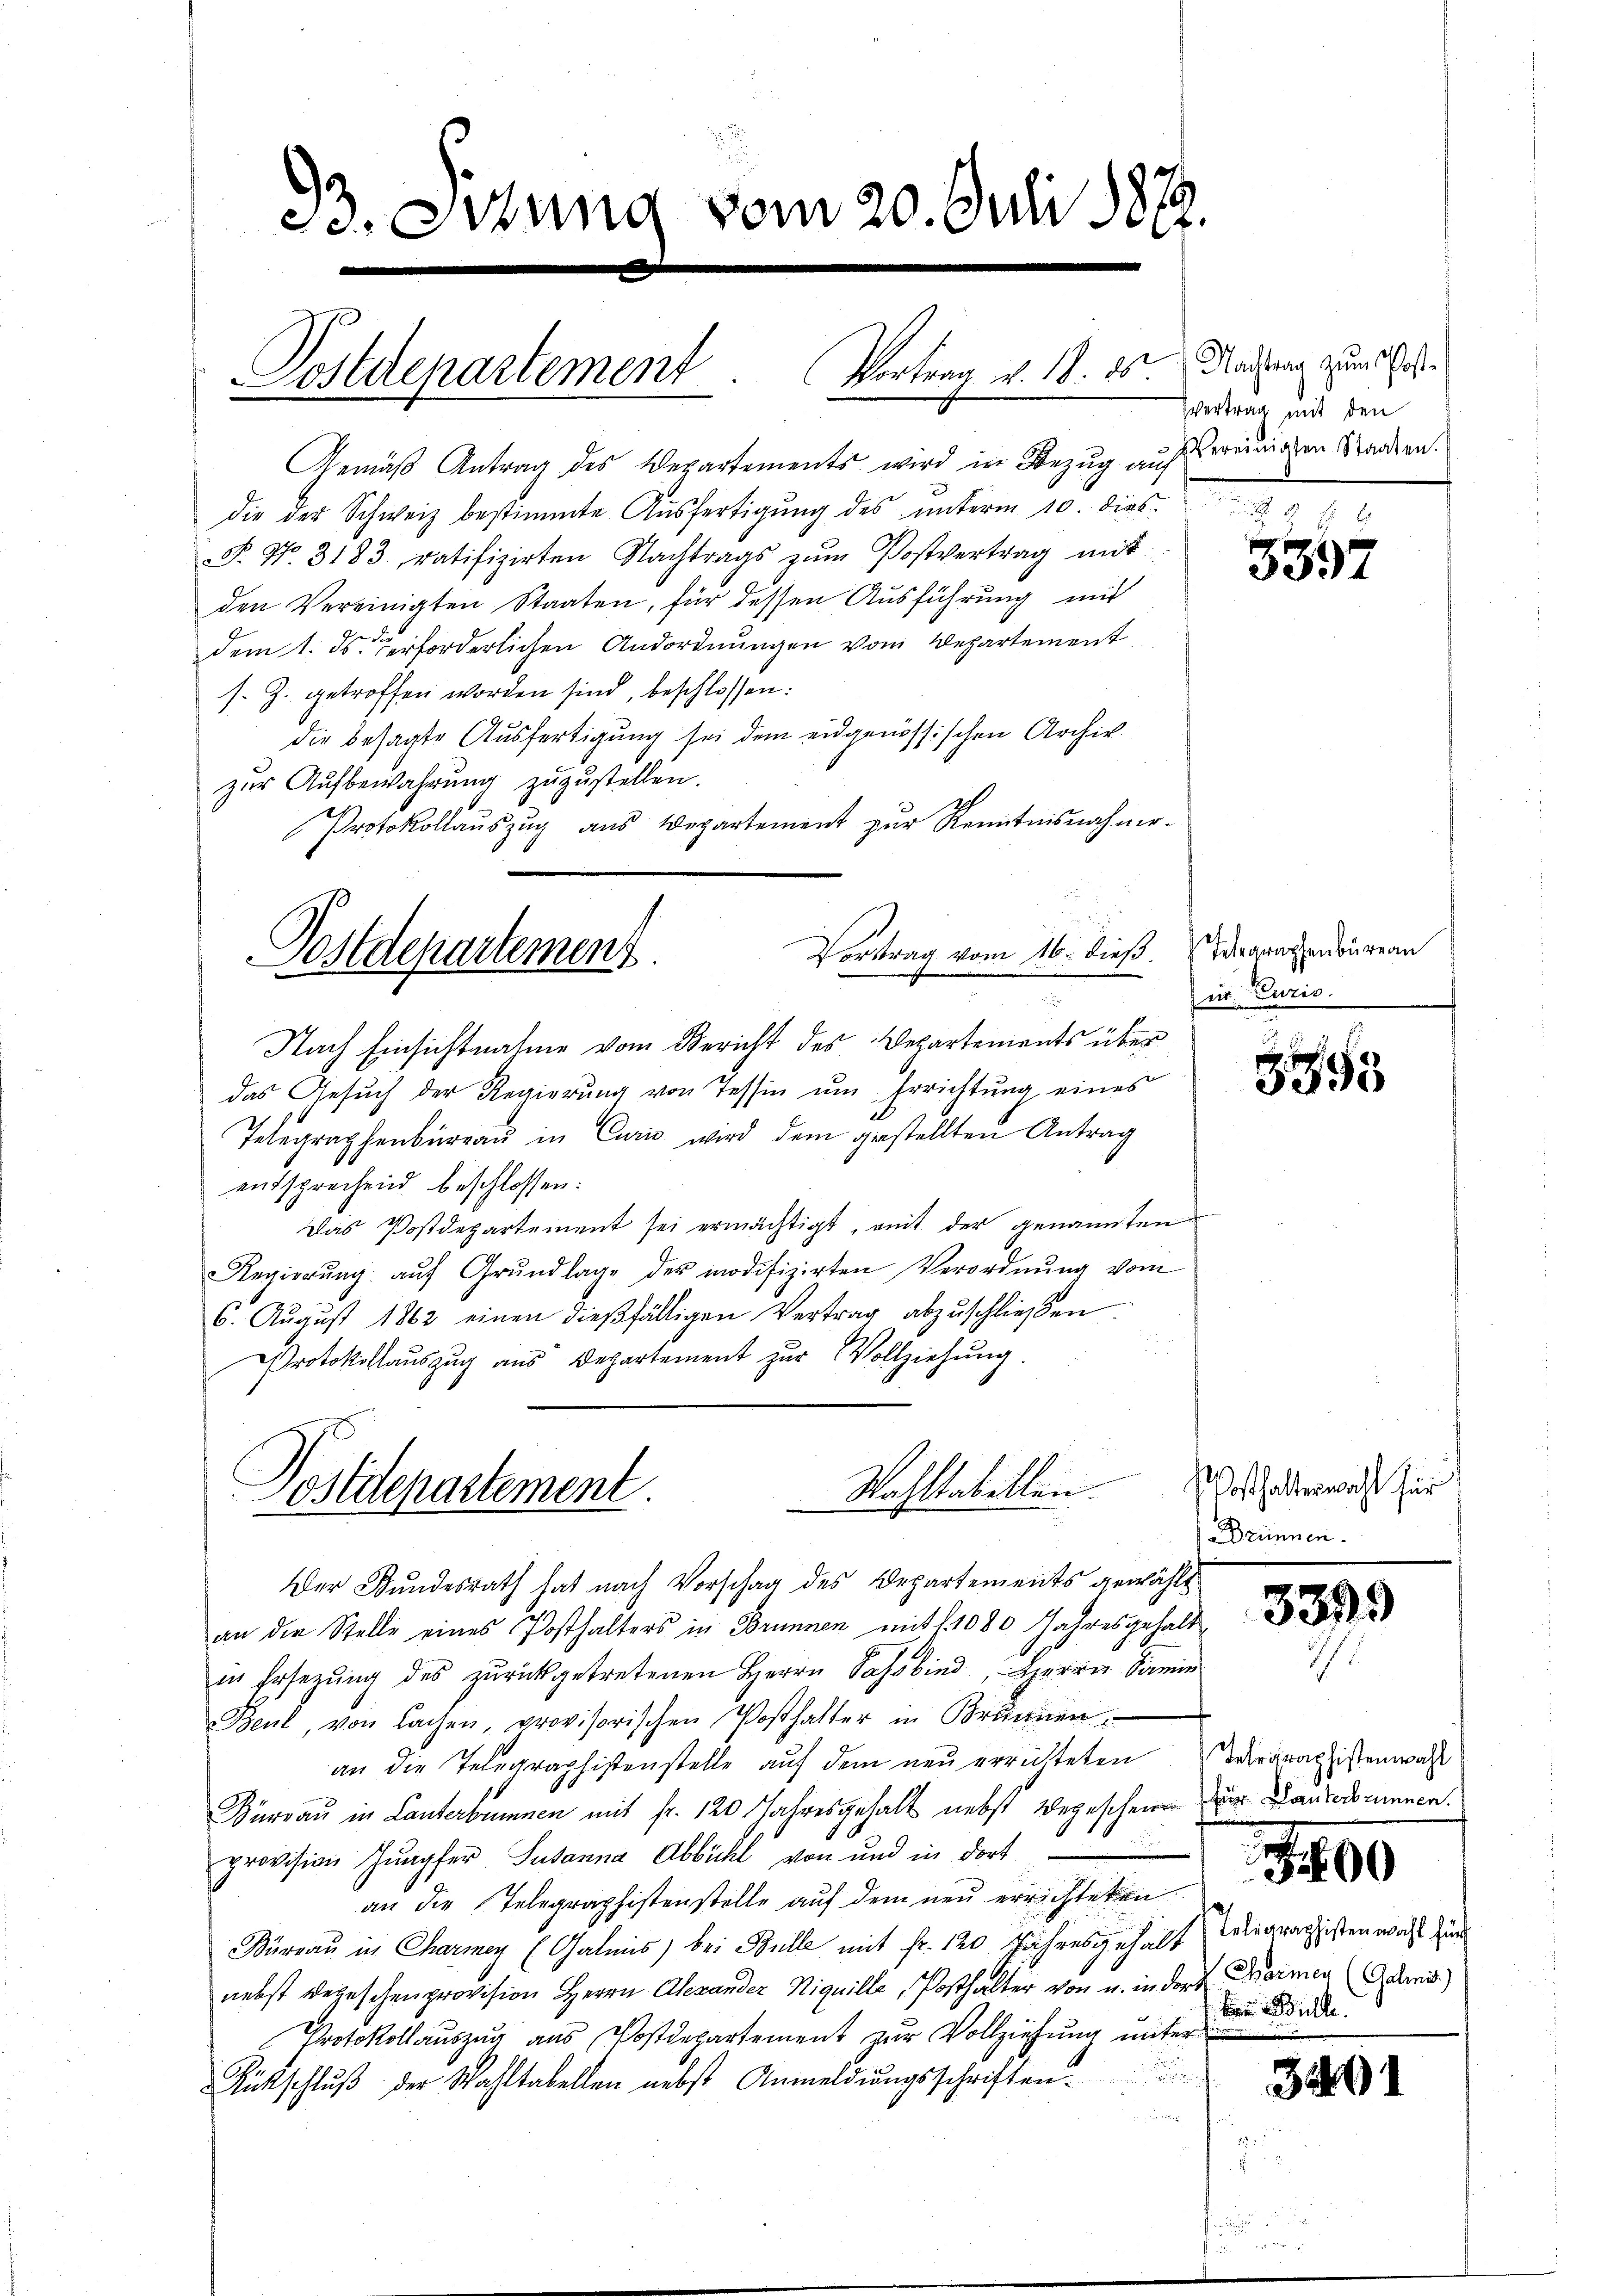
33. Sitzung vom 20. Juli 1889.

Postdepartement. Vortrag v. 18. 85.
.

Gemäß Antrag des Departements wird in Bezug auf bereinigen Staaten.
die der Schweiz bestimmte Ausfertigung des unterm 10. dies
F. No. 3183. ratifizirten Nachtrags zŭm Postvertrag mit
den Vereinigten Staaten, für dessen Ausführung mit
dem 1. ds. verforderlichen Andordnŭngen vom Departement
s. Z. getroffen worden sind, beschlossen:
die besagte Ausfertigung sei dem eidgenössischen Archiv
zur Aufbewahrung zuzustellen.
Protokollauszug aus Departement zur Kenntnisnahme-

Nach Einsichtnahme vom Bericht des Departements über
das Gesuch der Regierung von Tessin um Errichtung eines
Telegraphenbüreaŭ in Curie wird dem gestellten Antrag
entsprechend beschlossen:
Das Postdepartement sei ermächtigt, mit der genannten
Regierŭng aŭf Grŭndlage der modifizirten Verordnŭng vom
6. Aŭgŭst 1862 einen dießfälligen Vertrag abzuschließen.
.
Protokollauszug aus Departement zur Vollziehŭng.

Vortrag vom 16. dieß.
Postdepartement

Wahltabellen.
Postdepartement.

Der Bundesrath hat nach Vorschag des Departements gewählt
an die Stelle eines Posthalters in Brunnen mit 1. 1080. Jahresgehalt
in Ersetzŭng des zŭrückgetretenen Herrn Sahobind, Herrn Samie
Beul, von Lachen, provisorischen Posthalter in Brunnen.
an die Telegraphistenstelle auf dem neu errichteten Vergratistenwar
Kärrau in Lanterbunnen mit fr. 120 Jahresgehalt nebst Wegescheinen zur Landesbrunnen.
provision Jungfer Susanna Abbühl von und in dort
an die Relegraphistenstelle auf dem nur erzeichteten
Büreau in Charmey (Galmis) bei Bulle mit fr. 120 Jahresgehalt die gragisten wohl zur
nebst wegeschen provision Herrn Alexander Niquille, Posthalter von u. in dort Formen Leni)
Protokollaŭszŭg aŭs Postdepartement zŭr Vollziehŭng ŭnter
Rückschlŭβ der Wahltabellen nebst Anmeldŭngsschriften.

Nachtrag zum Post¬
Vertrag mit den

5397

Telegraphenbureau
ir Eurio.

3355

Wosthalterwahl für
Brünnen.

3399

b Bulle.

3491